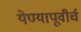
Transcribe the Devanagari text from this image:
येण्यापूवीर्च